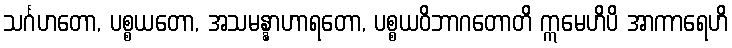
သင်္ဂဟတော, ပစ္စယတော, အသမန္နာဟာရတော, ပစ္စယဝိဘာဂတောတိ ဣမေဟိပိ အာကာရေဟိ